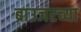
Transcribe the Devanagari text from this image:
ब्राउजरच्या